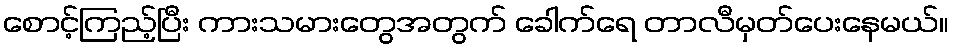
စောင့်ကြည့်ပြီး ကားသမားတွေအတွက် ခေါက်ရေ တာလီမှတ်ပေးနေမယ်။